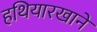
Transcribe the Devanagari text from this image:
हथियारखाने